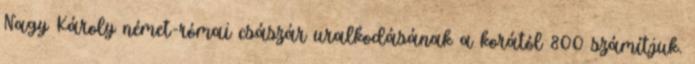
Nagy Károly német-római császár uralkodásának a korától 800 számítjuk.